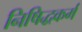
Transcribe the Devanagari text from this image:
निषिद्धकर्म